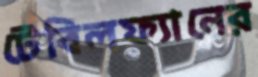
টেবিলফ্যানের